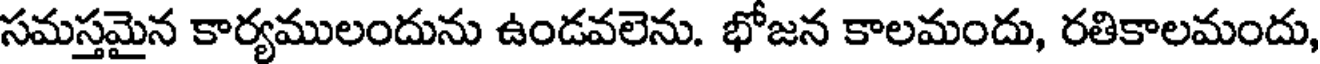
సమస్తమైన కార్యములందును ఉండవలెను. భోజన కాలమందు, రతికాలమందు,